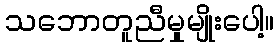
သဘောတူညီမှုမျိုးပေါ့။